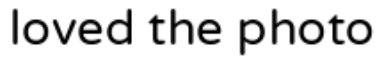
loved the photo